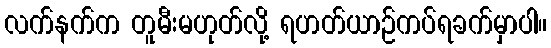
လက်နက်က တူမီးမဟုတ်လို့ ရဟတ်ယာဉ်ကပ်ရခက်မှာပါ။